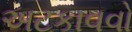
અટકાવવો